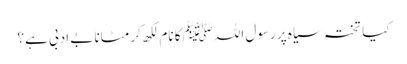
کیا تختہ سیاہ پر رسول اللہ ﷺکا نام لکھ کر مٹانا بے ادبی ہے؟